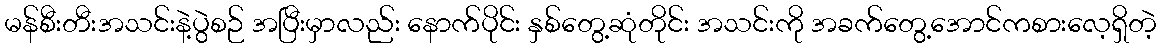
မန်စီးတီးအသင်းနဲ့ပွဲစဉ် အပြီးမှာလည်း နောက်ပိုင်း နှစ်တွေ့ဆုံတိုင်း အသင်းကို အခက်တွေ့အောင်ကစားလေ့ရှိတဲ့